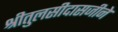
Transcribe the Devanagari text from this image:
श्रीतुलसीदासजीने